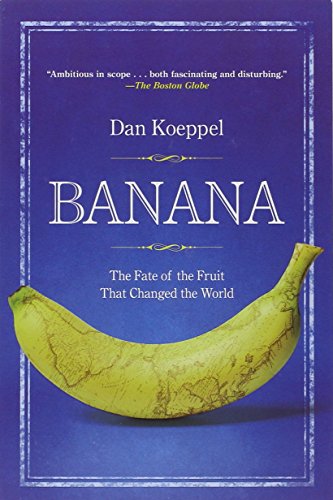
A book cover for Banana: The Fate of the Fruit That Changed the World; Dan Koeppel; Science & Math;